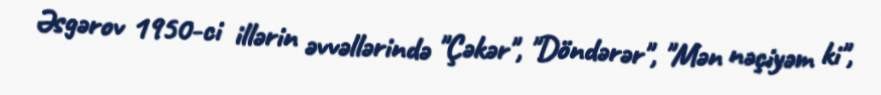
Əsgərov 1950-ci illərin əvvəllərində "Çəkər", "Döndərər", "Mən nəçiyəm ki",